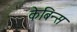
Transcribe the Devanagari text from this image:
केबिन्स